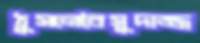
ঠুসলেবৈসুদাজ্জ